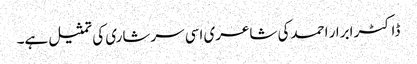
ڈاکٹر ابرار احمدکی شاعری اسی سرشاری کی تمثیل ہے۔